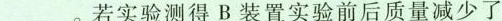
___。若实验测得B装置实验前后质量减少了